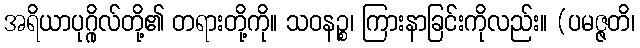
အရိယာပုဂ္ဂိုလ်တို့၏ တရားတို့ကို။ သဝနဉ္စ၊ ကြားနာခြင်းကိုလည်း။ (ပမဇ္ဇတိ၊